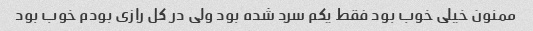
ممنون خیلی خوب بود فقط یکم سرد شده بود ولی در کل رازی بودم خوب بود